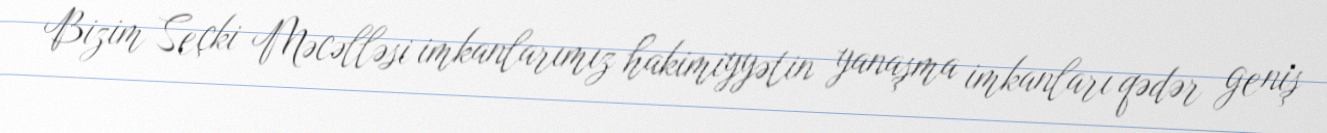
Bizim Seçki Məcəlləsi imkanlarımız hakimiyyətin yanaşma imkanları qədər geniş